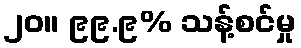
၂၀။ ၉၉.၉% သန့်စင်မှု